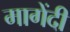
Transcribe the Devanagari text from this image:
मागेंदी